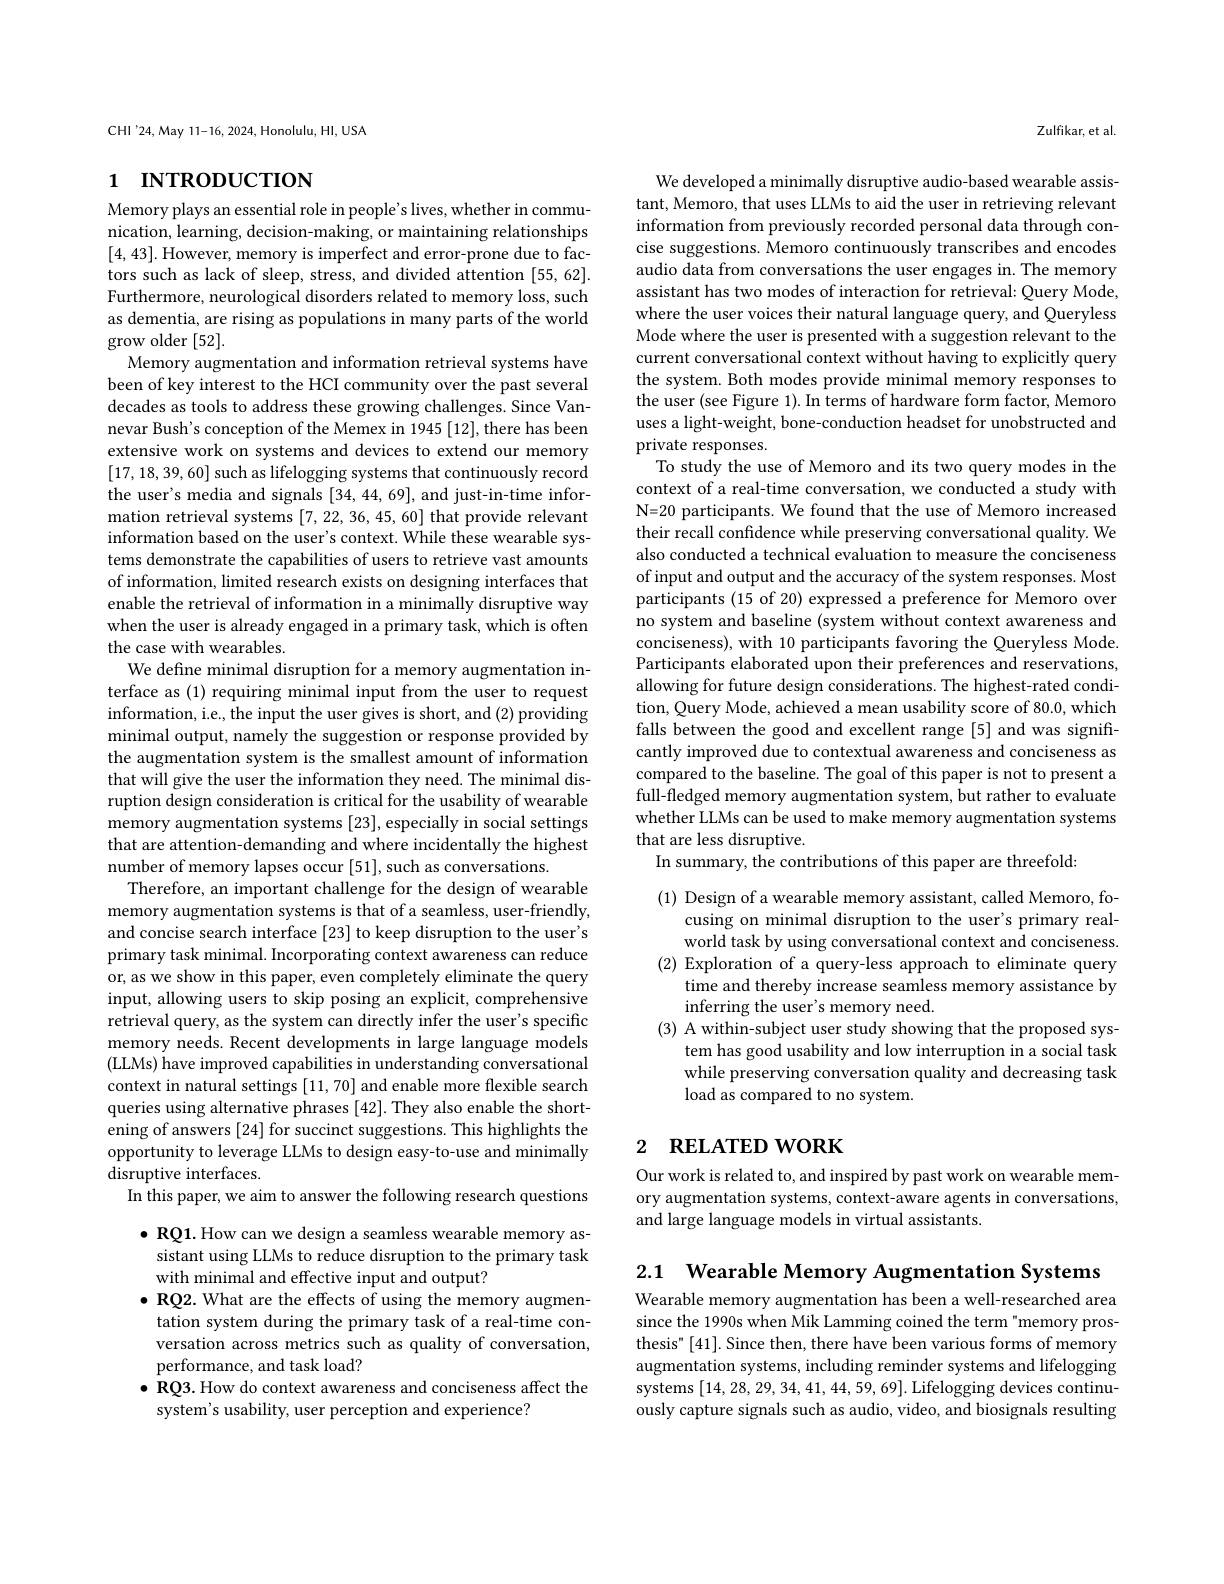
CHI'24,May 11-16, 2024, Honolulu, HI, USA

# 1 INTRODUCTION

Memory plays an essential role in people's lives, whether in communication, learning, decision-making, or maintain [4,43]. However, memory is imperfect and error-prone due to factors such as lack of sleep, stress, and divided Furthermore, neurological disorders related to memory loss, such as dementia, are rising as populations in many parts of the world grow older [52].
Memory augmentation and information retrieval sy been of key interest to the HCI community over the past several decades as tools to address these growing challenges. Since Vannevar Bush's conception of the Memex in 1945 [12], there has been extensive work on systems and devices to extend our memory [17,18,39,60] such as lifelogging systems that continuously record the user's media and signals [34, 44, 69], and just-in-time information retrieval systems [7,22,36,45,60] that provide relevant information based on the user's context. While t tems demonstrate the capabilities of users to retrieve vast amounts of information, limited research exists on desig enable the retrieval of information in a minimally disruptive way when the user is already engaged in a primary task, which is often the case with wearables.
We define minimal disruption for a memory augmentation interface as (1) requiring minimal input from the user to request information, i.e., the input the user gives is short, and (2) providing minimal output, namely the suggestion or response provided by the augmentation system is the smallest amount of information that will give the user the information they need. The minimal disruption design consideration is critical for the memory augmentation systems [23],especially in social settings that are attention-demanding and where incidentally the highest number of memory lapses occur [51], such as conversations.
Therefore, an important challenge for the design of wearable memory augmentation systems is that of a seamless, user-friendly, and concise search interface [23] to keep disruption to the user's primary task minimal. Incorporating context awareness can reduce or, as we show in this paper, even completely eliminate the query input, allowing users to skip posing an explicit retrieval query, as the system can directly infe memory needs. Recent developments in large language models (LLMs) have improved capabilities in understanding conversational context in natural settings [11,70] and enable more flexible search queries using alternative phrases [42]. They also enable the shortening of answers [24] for succinct suggestions. This highlights the opportunity to leverage LLMs to design easy-to-use and minimally disruptive interfaces.
In this paper, we aim to answer the following research questions $\bullet$ RQ1. How can we design a seamless wearable memory as-

sistant using LLMs to reduce disruption to the primary task
with minimal and effective input and output?
$\bullet \textbf{RQ2. What are the effects of using the memory }$ tation system during the primary task of a real-time conversation across metrics such as quality of conversation, performance, and task load?
$\bullet \textbf{RQ3. How do context awareness and conciseness affect the}$
system's usability, user perception and experience?

Zulfikar, et al

We developed a minimally disruptive audio-based wearable assistant, Memoro, that uses LLMs to aid the user in retrieving relevant information from previously recorded personal da cise suggestions. Memoro continuously transcribes and encodes audio data from conversations the user engages i assistant has two modes of interaction for retri where the user voices their natural language query, and Queryless Mode where the user is presented with a suggestion relevant to the current conversational context without having to explicitly query the system. Both modes provide minimal memory responses to the user (see Figure 1). In terms of hardware form factor, Memoro uses a light-weight, bone-conduction headset for unobstructed and private responses.
To study the use of Memoro and its two query modes in the context of a real-time conversation, we conducted a study with N=20 participants. We found that the use of Memoro increased their recall confidence while preserving conversational quality. We also conducted a technical evaluation to measure of input and output and the accuracy of the system responses. Most participants (15 of 20) expressed a preference for Memoro over no system and baseline (system without context awareness and conciseness), with 10 participants favoring the Queryless Mode. Participants elaborated upon their preferences and reservations, $\hat{\text{allowing for future design considerations. The highest-rated condi-}}$ tion, Query Mode, achieved a mean usability score of 80.0, which falls between the good and excellent range [5] and was significantly improved due to contextual awareness and conciseness as compared to the baseline. The goal of this paper is not to present a full-fledged memory augmentation system, but rat whether LLMs can be used to make memory augmenta that are less disruptive.
In summary, the contributions of this paper are threefold:

(1) Design of a wearable memory assistant, called Memoro, fo-
cusing on minimal disruption to the user's primary realworld task by using conversational context and conciseness
(2) Exploration of a query-less approach to eliminate query
time and thereby increase seamless memory assistance by
inferring the user's memory need.
(3) A within-subject user study showing that the proposed sys-
tem has good usability and low interruption in a social task while preserving conversation quality and decreasing task load as compared to no system.

## 2 RELATED WORK

Our work is related to, and inspired by past work on wearable memory augmentation systems, context-aware agents in conversations, and large language models in virtual assistants.

2.1 Wearable Memory Augmentation Systems

Wearable memory augmentation has been a well-researched area since the 1990s when Mik Lamming coined the term"memory prosthesis" [41]. Since then, there have been various forms of memory augmentation systems, including reminder systems and lifelogging systems$\left[14,28,29,34,41,44,59,69\right].$Lifelogging devices continuously capture signals such as audio, video, and